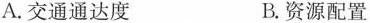
A.交通通达度 B.资源配置